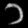
Digit: ၁